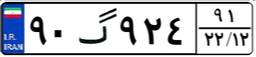
۹۰گ۹۲۴۹۱